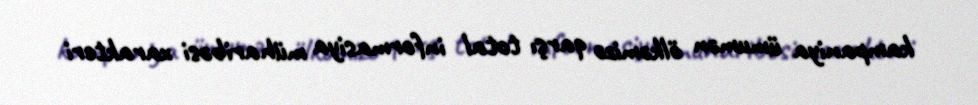
kampaniya ümumən ölkəmizə qarşı total informasiya müharibəsi xarakteri